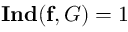
\mathbf { I n d } ( \mathbf { f } , G ) = 1